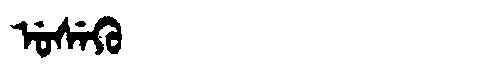
Manchu: ᡠᠰᡝᡴᡠ
Romanization: USEKU